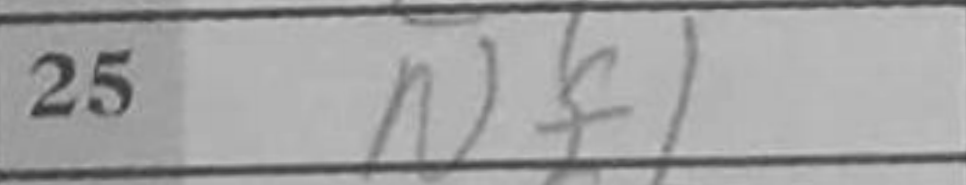
Transcription: Nf1